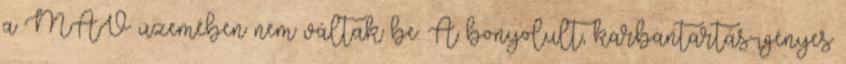
a MÁV üzemében nem váltak be. A bonyolult, karbantartás-igényes